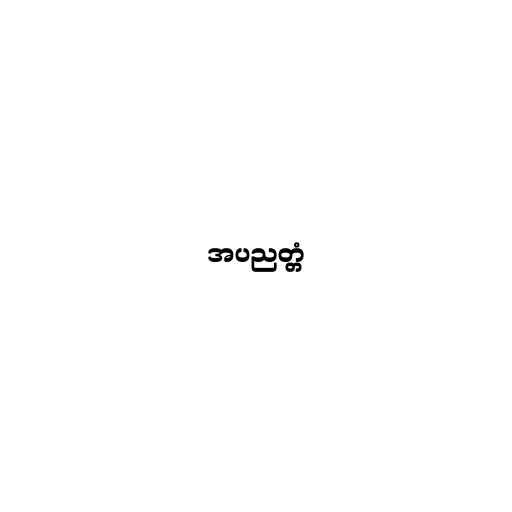
အပညတ္တံ